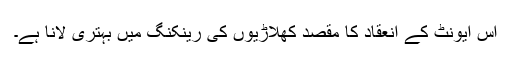
اس ایونٹ کے انعقاد کا مقصد کھلاڑیوں کی رینکنگ میں بہتری لانا ہے۔